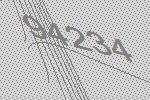
94234